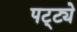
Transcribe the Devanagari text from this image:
पट्ट्ये